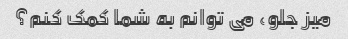
میز جلو، می توانم به شما کمک کنم؟